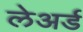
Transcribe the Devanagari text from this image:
लेअर्ड